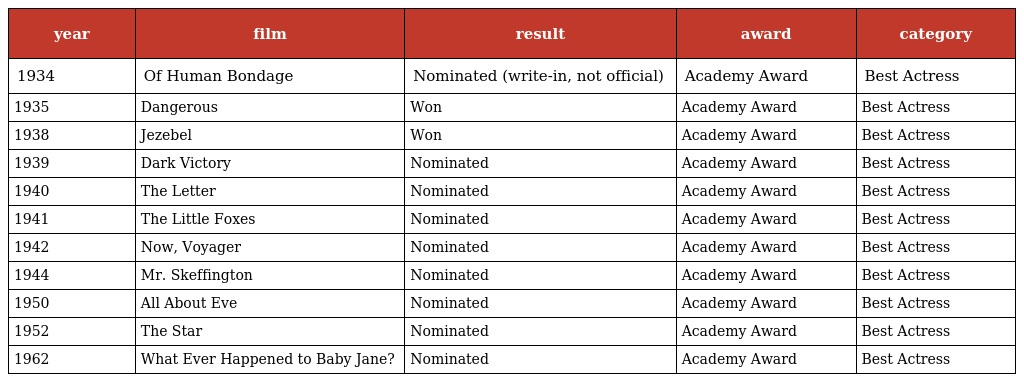
| year | film | result | award | category |
 | --- | --- | --- | --- | --- |
 | 1934 | Of Human Bondage | Nominated (write-in, not official) | Academy Award | Best Actress |
 | 1935 | Dangerous | Won | Academy Award | Best Actress |
 | 1938 | Jezebel | Won | Academy Award | Best Actress |
 | 1939 | Dark Victory | Nominated | Academy Award | Best Actress |
 | 1940 | The Letter | Nominated | Academy Award | Best Actress |
 | 1941 | The Little Foxes | Nominated | Academy Award | Best Actress |
 | 1942 | Now, Voyager | Nominated | Academy Award | Best Actress |
 | 1944 | Mr. Skeffington | Nominated | Academy Award | Best Actress |
 | 1950 | All About Eve | Nominated | Academy Award | Best Actress |
 | 1952 | The Star | Nominated | Academy Award | Best Actress |
 | 1962 | What Ever Happened to Baby Jane? | Nominated | Academy Award | Best Actress |